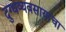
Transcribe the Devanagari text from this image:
दुग्धव्यवसायाचा